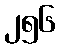
၂၅၆